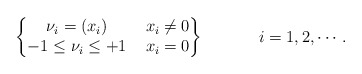
\begin{align*}\left\{\begin{matrix}{\nu_i = (x_i)} & ~ x_i \neq 0\\-1 \le \nu_i \le +1 & ~ x_i=0\end{matrix} \right\} ~~~~ ~~~ ~~~ i = 1,2,\cdots.\end{align*}